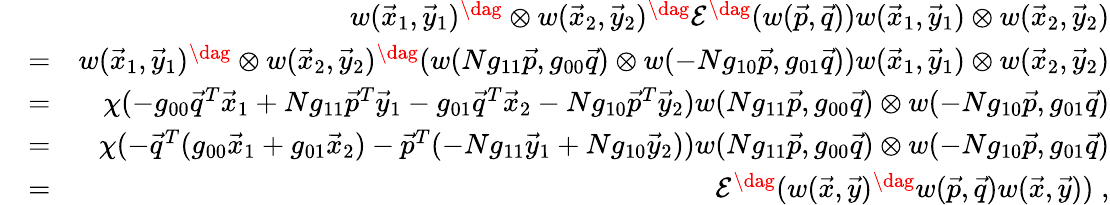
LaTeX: \begin{array}{rlr}&{}&{w(\vec{x}_{1},\vec{y}_{1})^{\dag}\otimes w(\vec{x}_{2},\vec{y}_{2})^{\dag}\mathcal{E}^{\dag}(w(\vec{p},\vec{q}))w(\vec{x}_{1},\vec{y}_{1})\otimes w(\vec{x}_{2},\vec{y}_{2})}\\ &{=}&{w(\vec{x}_{1},\vec{y}_{1})^{\dag}\otimes w(\vec{x}_{2},\vec{y}_{2})^{\dag}(w(Ng_{11}\vec{p},g_{00}\vec{q})\otimes w(-Ng_{10}\vec{p},g_{01}\vec{q}))w(\vec{x}_{1},\vec{y}_{1})\otimes w(\vec{x}_{2},\vec{y}_{2})}\\ &{=}&{\chi(-g_{00}\vec{q}^{T}\vec{x}_{1}+Ng_{11}\vec{p}^{T}\vec{y}_{1}-g_{01}\vec{q}^{T}\vec{x}_{2}-Ng_{10}\vec{p}^{T}\vec{y}_{2})w(Ng_{11}\vec{p},g_{00}\vec{q})\otimes w(-Ng_{10}\vec{p},g_{01}\vec{q})}\\ &{=}&{\chi(-\vec{q}^{T}(g_{00}\vec{x}_{1}+g_{01}\vec{x}_{2})-\vec{p}^{T}(-Ng_{11}\vec{y}_{1}+Ng_{10}\vec{y}_{2}))w(Ng_{11}\vec{p},g_{00}\vec{q})\otimes w(-Ng_{10}\vec{p},g_{01}\vec{q})}\\ &{=}&{\mathcal{E}^{\dag}(w(\vec{x},\vec{y})^{\dag}w(\vec{p},\vec{q})w(\vec{x},\vec{y}))\; ,}\end{array}